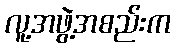
လူ့အဖွဲ့အစည်းက